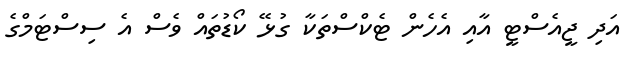
އަދި ޖީއެސްޓީ އާއި އެހެން ޓެކްސްތަކާ ގުޅޭ ކޯޑުތައް ވެސް އެ ސިސްޓަމްގެ